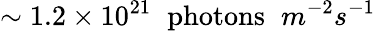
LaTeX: \sim 1.2\times 10^{21}\phantom{x}\textrm{photons}\phantom{x}m^{-2}s^{-1}